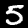
Label: 5